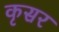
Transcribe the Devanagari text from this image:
कृसर